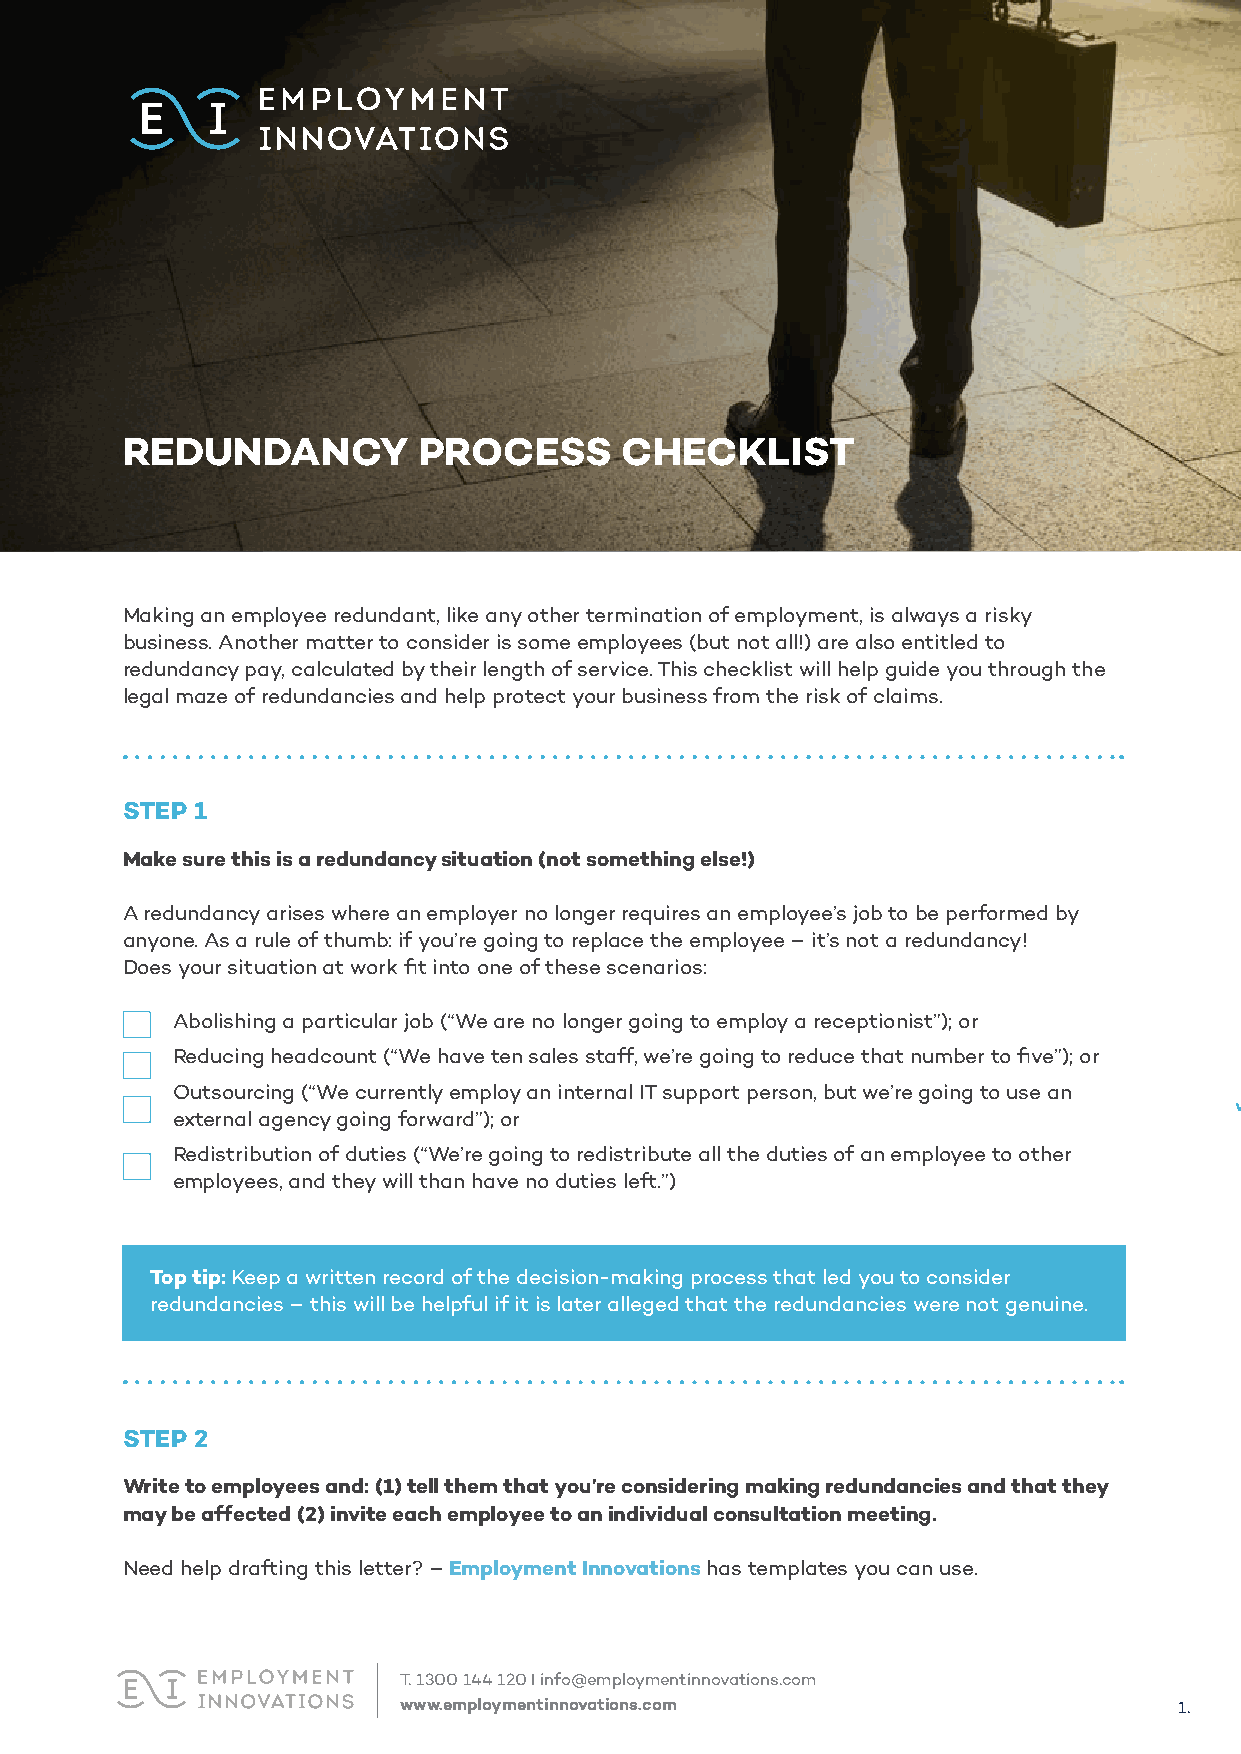
REDUNDANCY          PROCESS      CHECKLIST
 Making an employee redundant, like any other termination of employment, is always a risky
 business. Another matter to consider is some employees (but not all!) are also entitled to
 redundancy pay, calculated by their length of service. This checklist will help guide you through the
 legal maze of redundancies and help protect your business from the risk of claims.
 STEP 1
 Make sure this is a redundancy situation (not something else!)
 A redundancy arises where an employer no longer requires an employee’s job to be performed by
 anyone. As a rule of thumb: if you’re going to replace the employee – it’s not a redundancy!
 Does your situation at work fit into one of these scenarios:
 Abolishing a particular job (“We are no longer going to employ a receptionist”); or
 Reducing headcount (“We have ten sales staff, we’re going to reduce that number to five”); or
 Outsourcing (“We currently employ an internal IT support person, but we’re going to use an
 external agency going forward”); or
 Redistribution of duties (“We’re going to redistribute all the duties of an employee to other
 employees, and they will than have no duties left.”)
 Top tip: Keep a written record of the decision-making process that led you to consider
 redundancies – this will be helpful if it is later alleged that the redundancies were not genuine.
 STEP 2
 Write to employees and: (1) tell them that you’re considering making redundancies and that they
 may be affected (2) invite each employee to an individual consultation meeting.
 Need help drafting this letter? – Employment Innovations has templates you can use.
 T.1300 144 120 I info@employmentinnovations.com
 www.employmentinnovations.com                       1.